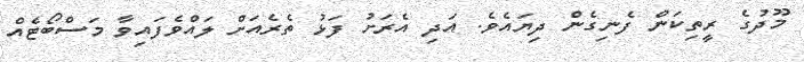
މޫދުގެ ރީތިކަން ފެނިގެން ދިޔައެވެ. އަދި އެރަށު ފަޅު ތެރެއަށް ލައްވެފައިވާ މަސްބޯޓެއް